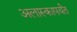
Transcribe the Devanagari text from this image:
अलास्कापर्यंत